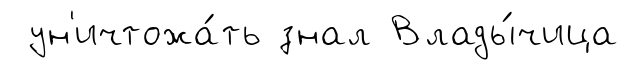
ун'ичтожа́ть знал Влады́чица